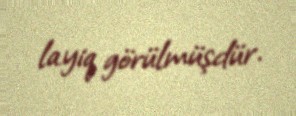
layiq görülmüşdür.